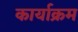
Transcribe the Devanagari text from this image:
कार्याक्रम